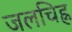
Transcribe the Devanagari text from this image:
जलचिह्न